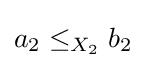
a_{2}\leq _{X_{2}}b_{2}